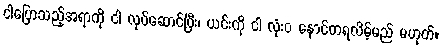
ငါပြောသည့်အရာကို ငါ လုပ်ဆောင်ပြီး၊ ယင်းကို ငါ လုံးဝ နောင်တရလိမ့်မည် မဟုတ်။